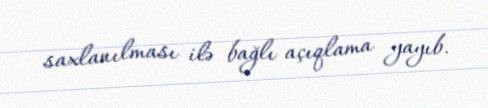
saxlanılması ilə bağlı açıqlama yayıb.